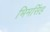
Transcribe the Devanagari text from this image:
भिमसिंह